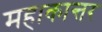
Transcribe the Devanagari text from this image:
महाकान्तर